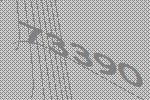
73390